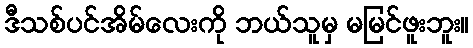
ဒီသစ်ပင်အိမ်လေးကို ဘယ်သူမှ မမြင်ဖူးဘူး။